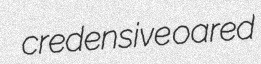
credensive oared